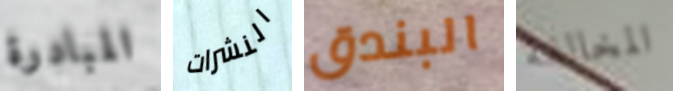
المبادرة النشرات البندق المخالفة